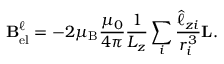
\mathbf { B } _ { \mathrm { e l } } ^ { \ell } = - 2 \mu _ { \mathrm { B } } { \frac { \mu _ { 0 } } { 4 \pi } } { \frac { 1 } { L _ { z } } } \sum _ { i } { \frac { { \hat { \ell } } _ { z i } } { r _ { i } ^ { 3 } } } \mathbf { L } .